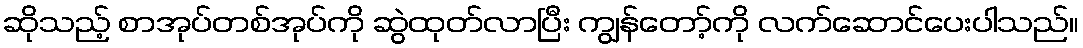
ဆိုသည့် စာအုပ်တစ်အုပ်ကို ဆွဲထုတ်လာပြီး ကျွန်တော့်ကို လက်ဆောင်ပေးပါသည်။